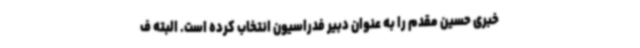
خبری حسین مقدم را به عنوان دبیر فدراسیون انتخاب کرده است. البته ف